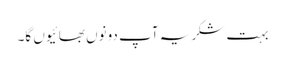
بہت شکریہ آپ دونوں بھائیوں گا۔